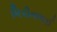
બિપીનભાઈ